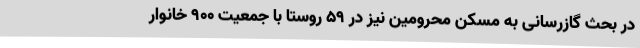
در بحث گازرسانی به مسکن محرومین نیز در 59 روستا با جمعیت 900 خانوار